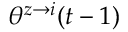
\theta ^ { z \rightarrow i } ( t - 1 )